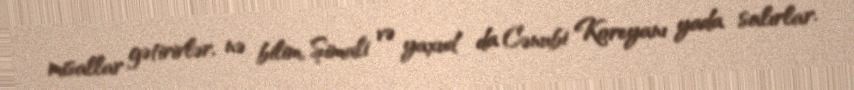
misallar gətirirlər, nə bilim, Şimali və yaxud da Cənubi Koreyanı yada salırlar.